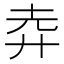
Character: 𢌻